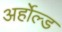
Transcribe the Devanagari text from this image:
अर्होल्ड